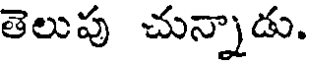
తెలుప చున్నాడు.